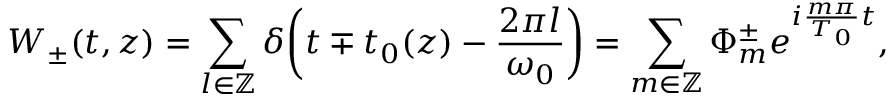
W _ { \pm } ( t , z ) = \sum _ { l \in \mathbb { Z } } \delta \bigg ( t \mp t _ { 0 } ( z ) - \frac { 2 \pi l } { \omega _ { 0 } } \bigg ) = \sum _ { m \in \mathbb { Z } } \Phi _ { m } ^ { \pm } e ^ { i \frac { m \pi } { T _ { 0 } } t } ,